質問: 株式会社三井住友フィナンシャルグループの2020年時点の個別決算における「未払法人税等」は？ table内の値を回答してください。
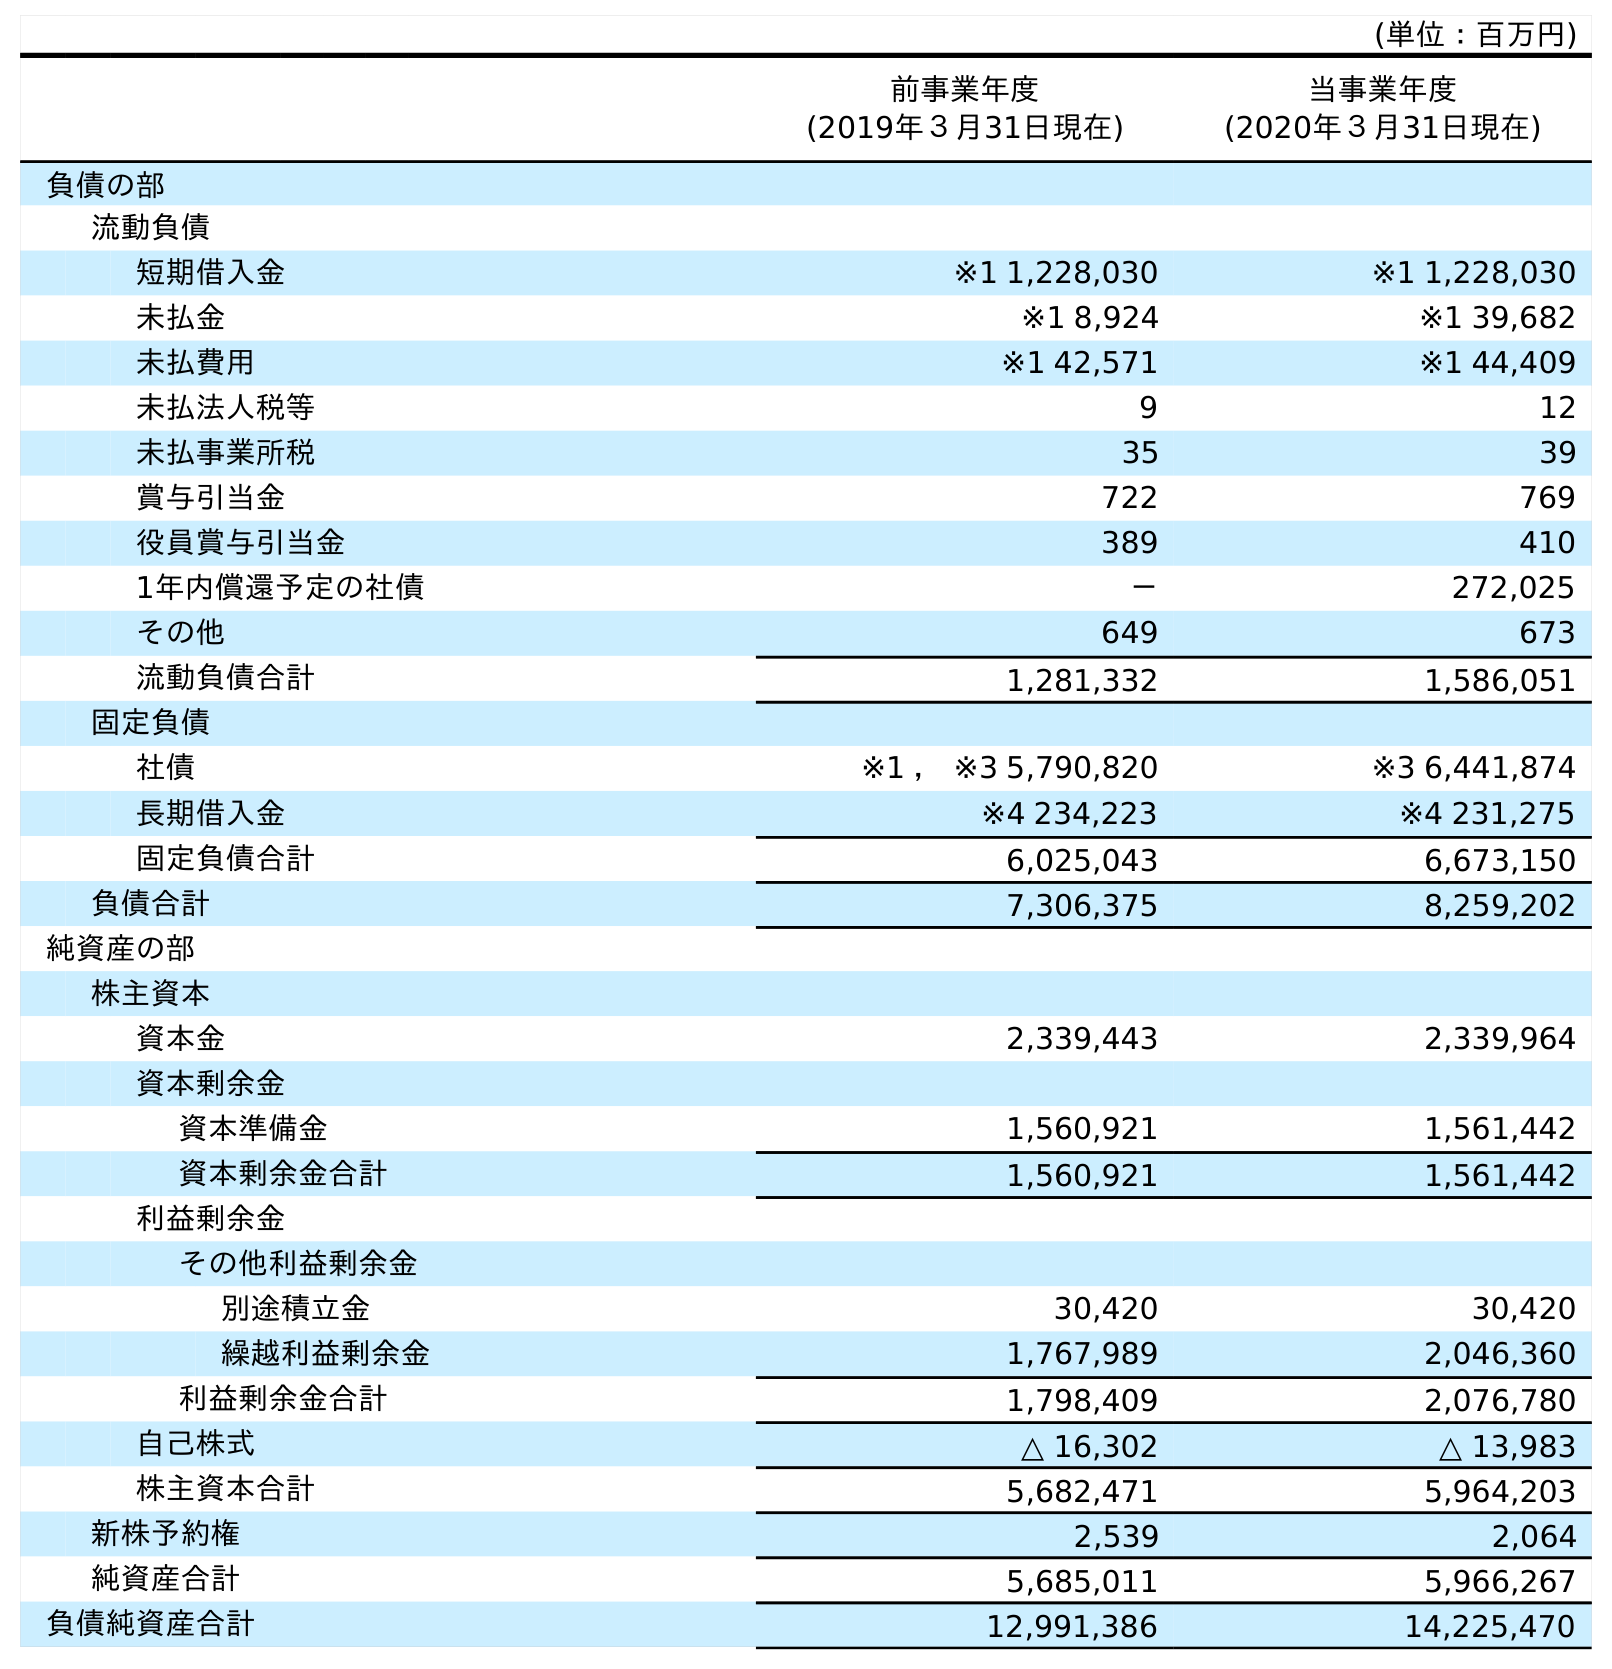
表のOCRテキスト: (単位：百万円) 前事業年度 (2019年３月31日現在) 当事業年度 (2020年３月31日現在) 負債の部 流動負債 短期借入金 ※1 1,228,030 ※1 1,228,030 未払金 ※1 8,924 ※1 39,682 未払費用 ※1 42,571 ※1 44,409 未払法人税等 9 12 未払事業所税 35 39 賞与引当金 722 769 役員賞与引当金 389 410 1年内償還予定の社債 － 272,025 その他 649 673 流動負債合計 1,281,332 1,586,051 固定負債 社債 ※1 ， ※3 5,790,820 ※3 6,441,874 長期借入金 ※4 234,223 ※4 231,275 固定負債合計 6,025,043 6,673,150 負債合計 7,306,375 8,259,202 純資産の部 株主資本 資本金 2,339,443 2,339,964 資本剰余金 資本準備金 1,560,921 1,561,442 資本剰余金合計 1,560,921 1,561,442 利益剰余金 その他利益剰余金 別途積立金 30,420 30,420 繰越利益剰余金 1,767,989 2,046,360 利益剰余金合計 1,798,409 2,076,780 自己株式 △ 16,302 △ 13,983 株主資本合計 5,682,471 5,964,203 新株予約権 2,539 2,064 純資産合計 5,685,011 5,966,267 負債純資産合計 12,991,386 14,225,470
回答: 12